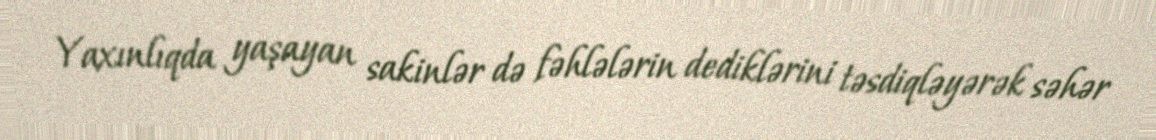
Yaxınlıqda yaşayan sakinlər də fəhlələrin dediklərini təsdiqləyərək səhər